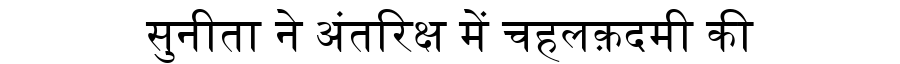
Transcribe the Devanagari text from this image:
सुनीता ने अंतरिक्ष में चहलक़दमी की